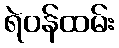
ရဲဝန်ထမ်း